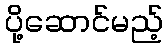
ပို့ဆောင်မည့်